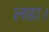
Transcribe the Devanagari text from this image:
लडा।